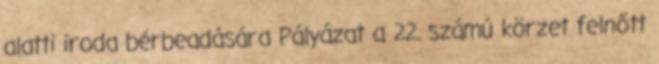
alatti iroda bérbeadására Pályázat a 22. számú körzet felnőtt